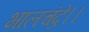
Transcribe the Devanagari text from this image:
भालचंद्रे।।